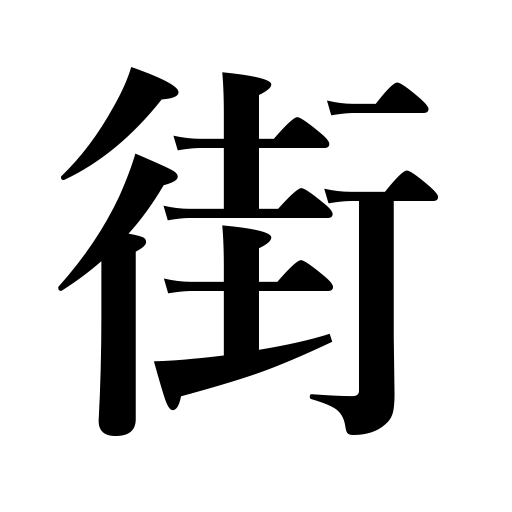
Meanings: street,avenue,quarters,town